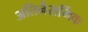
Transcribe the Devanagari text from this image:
अतिनैसर्गिक